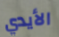
الأيدي